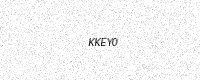
Text: KKEY0